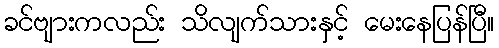
ခင်ဗျားကလည်း သိလျက်သားနှင့် မေးနေပြန်ပြီ။